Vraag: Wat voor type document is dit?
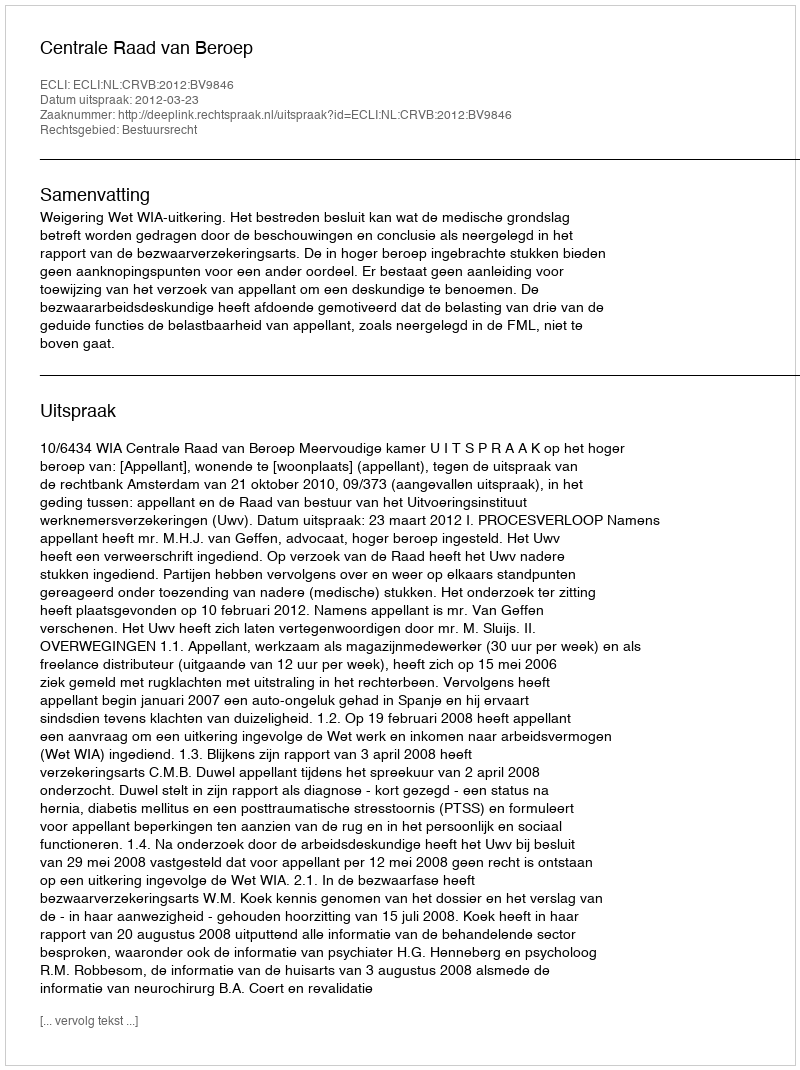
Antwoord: Uitspraak